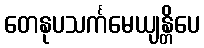
တေနုပသင်္ကမေယျန္တိပေ